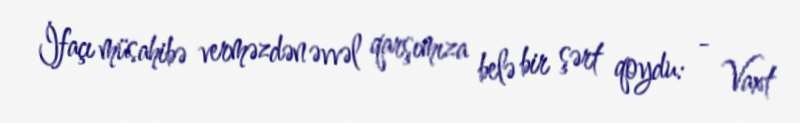
İfaçı müsahibə verməzdən əvvəl qarşımıza belə bir şərt qoydu: - Vaxt